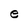
Character: e